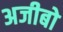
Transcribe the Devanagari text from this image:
अजीबो